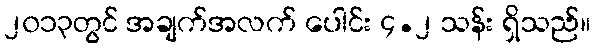
၂၀၁၃တွင် အချက်အလက် ပေါင်း ၄.၂ သန်း ရှိသည်။